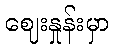
ဈေးနှုန်းမှာ